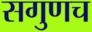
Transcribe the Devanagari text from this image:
सगुणच